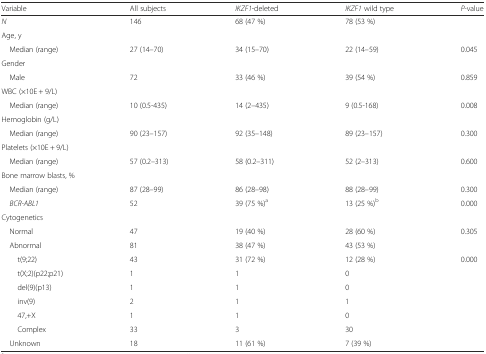
| Variable | All subjects | IKZF1-deleted | IKZF1 wild type | P-value |
 | --- | --- | --- | --- | --- |
 | N | 146 | 68 (47 %) | 78 (53 %) |  |
 | <COLSPAN=5> Age, y |
 | Median (range) | 27 (14–70) | 34 (15–70) | 22 (14–59) | 0.045 |
 | <COLSPAN=5> Gender |
 | Male | 72 | 33 (46 %) | 39 (54 %) | 0.859 |
 | <COLSPAN=5> WBC (×10E + 9/L) |
 | Median (range) | 10 (0.5-435) | 14 (2–435) | 9 (0.5-168) | 0.008 |
 | <COLSPAN=5> Hemoglobin (g/L) |
 | Median (range) | 90 (23–157) | 92 (35–148) | 89 (23–157) | 0.300 |
 | <COLSPAN=5> Platelets (×10E + 9/L) |
 | Median (range) | 57 (0.2–313) | 58 (0.2–311) | 52 (2–313) | 0.600 |
 | <COLSPAN=5> Bone marrow blasts, % |
 | Median (range) | 87 (28–99) | 86 (28–98) | 88 (28–99) | 0.300 |
 | BCR-ABL1 | 52 | 39 (75 %)a | 13 (25 %)b | 0.000 |
 | <COLSPAN=5> Cytogenetics |
 | Normal | 47 | 19 (40 %) | 28 (60 %) | 0.305 |
 | Abnormal | 81 | 38 (47 %) | 43 (53 %) |  |
 | t(9;22) | 43 | 31 (72 %) | 12 (28 %) | 0.000 |
 | t(X;2)(p22;p21) | 1 | 1 | 0 |  |
 | del(9)(p13) | 1 | 1 | 0 |  |
 | inv(9) | 2 | 1 | 1 |  |
 | 47,+X | 1 | 1 | 0 |  |
 | Complex | 33 | 3 | 30 |  |
 | Unknown | 18 | 11 (61 %) | 7 (39 %) |  |